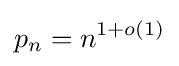
p_{n}=n^{1+o(1)}